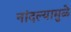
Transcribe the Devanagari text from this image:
नांदल्यामुळे